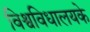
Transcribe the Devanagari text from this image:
विश्वविधालयके